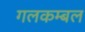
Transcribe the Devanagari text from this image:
गलकम्बल